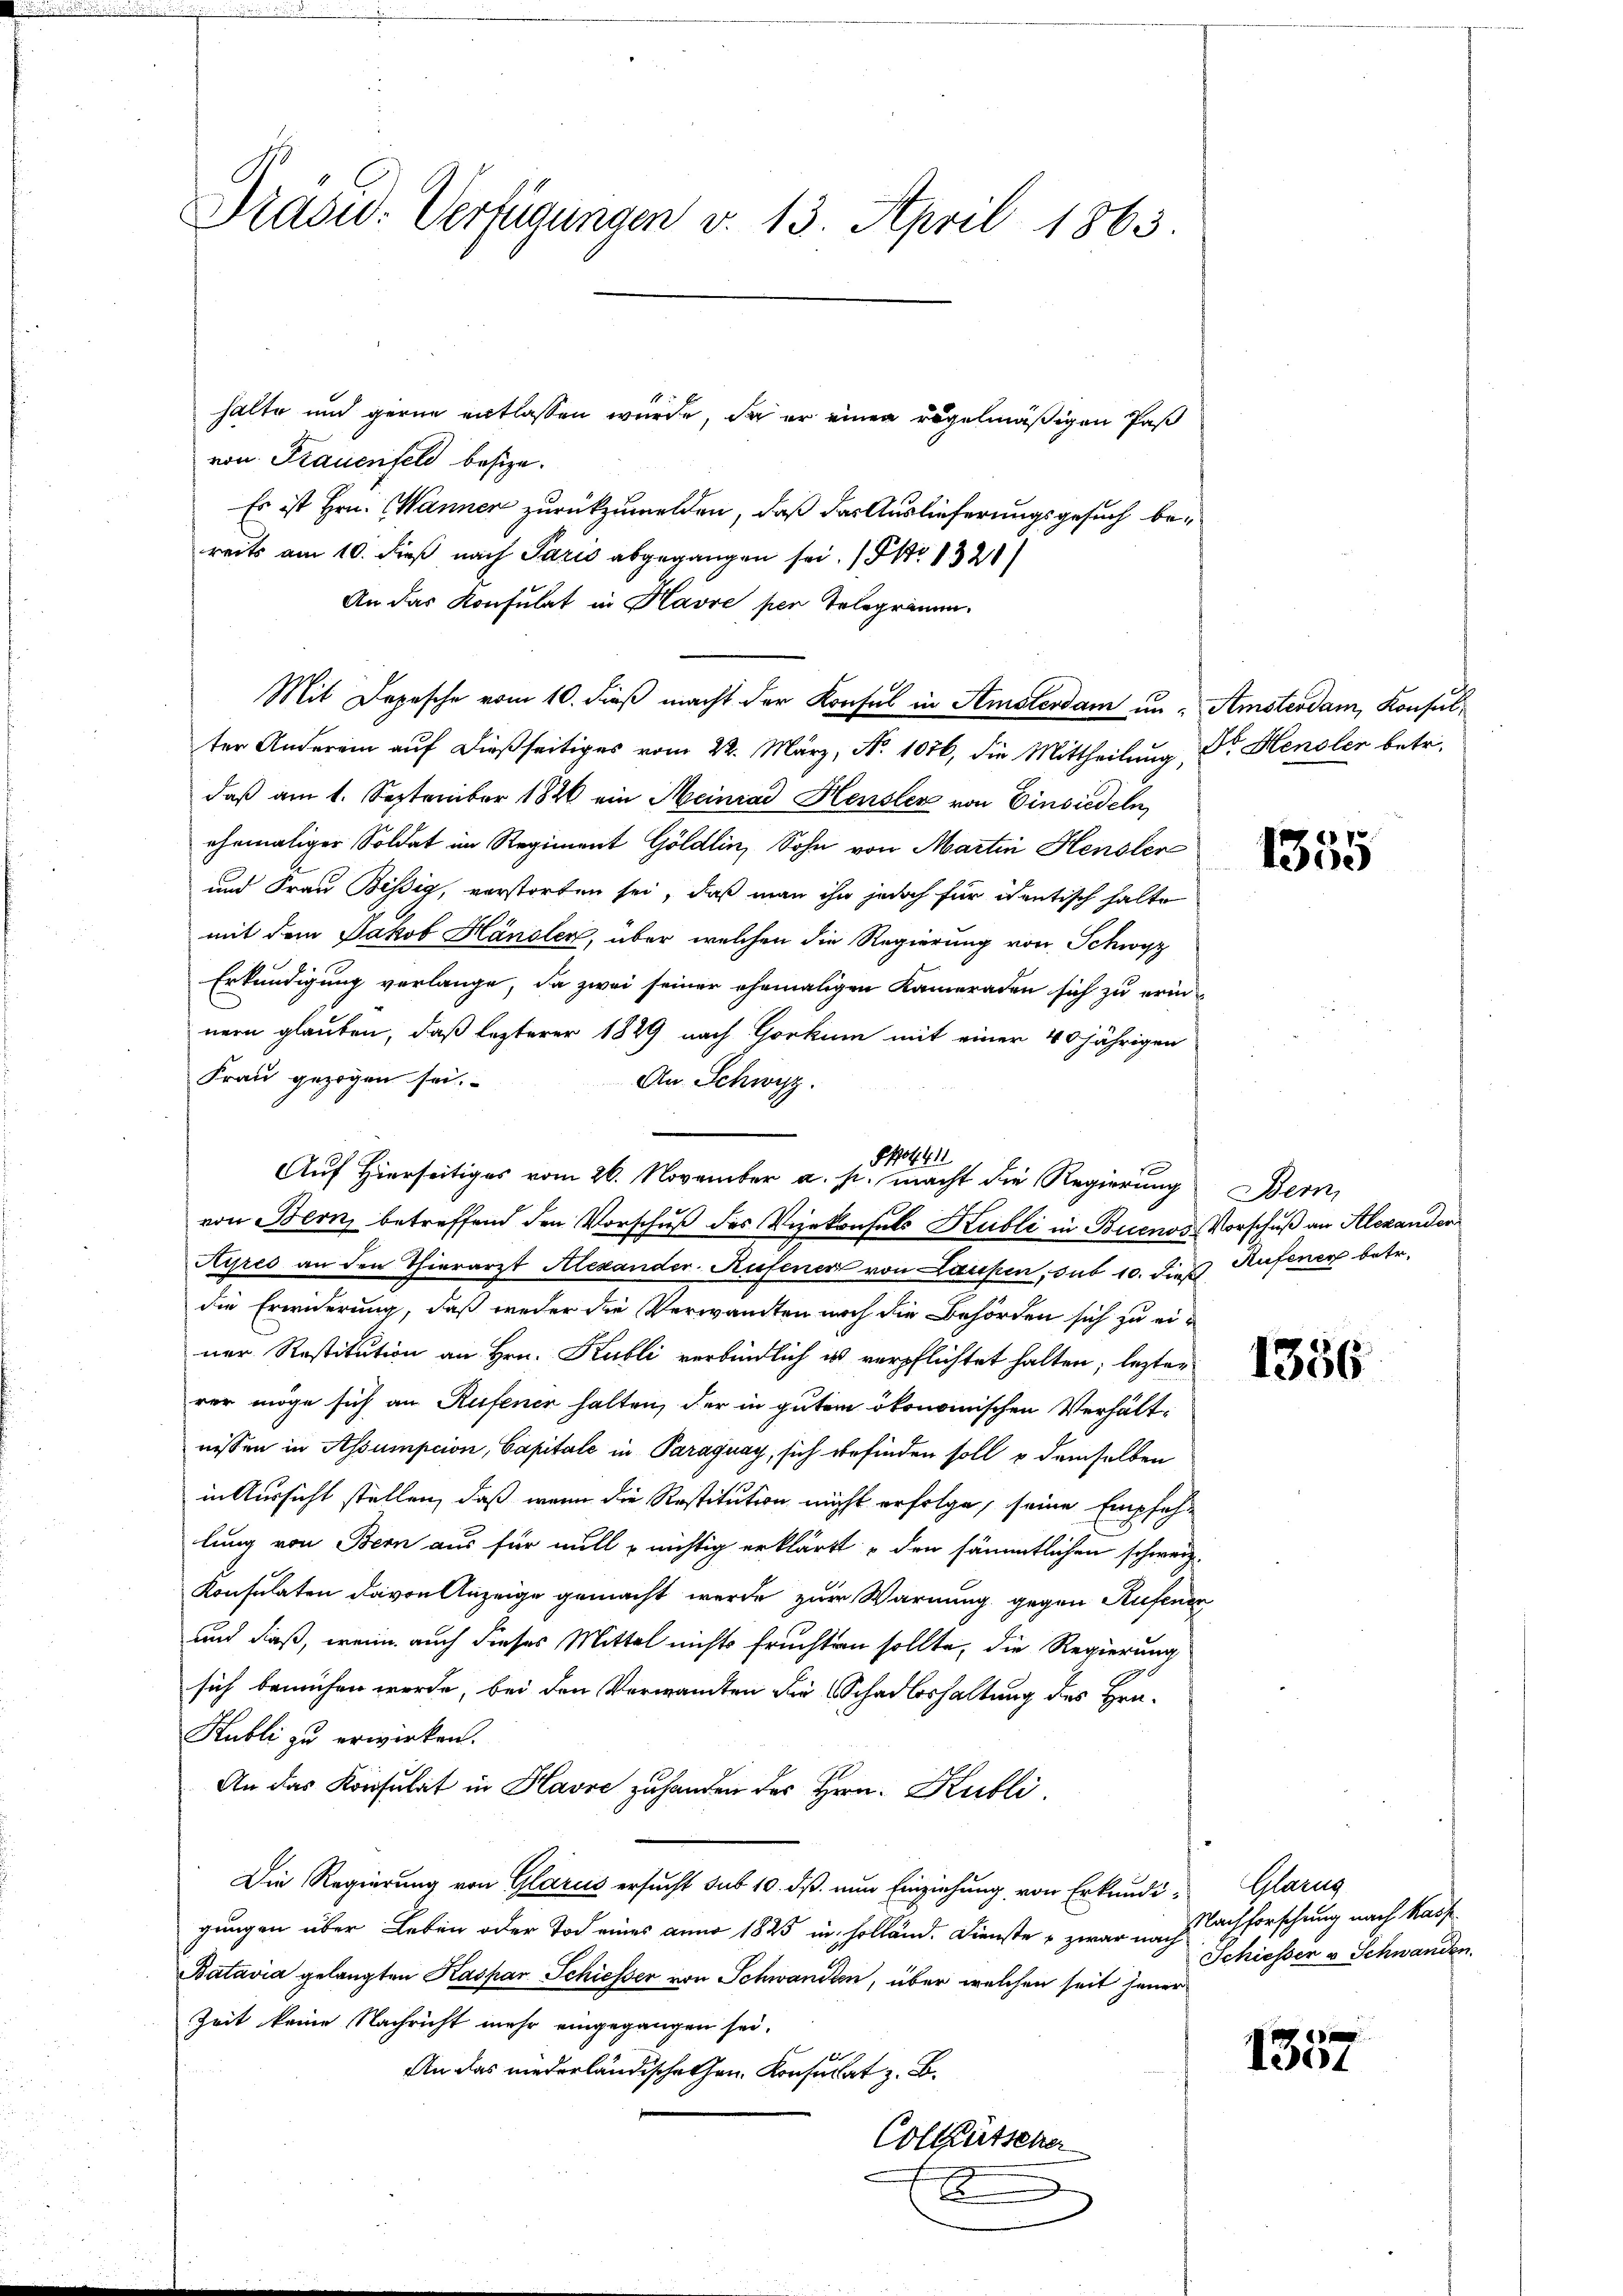
Präsid. Verfügungen v. 13. April 1865.

halte und gerne entlassen würde, da er einen regelmäßigen Pas
von Frauenfeld besize.
Es ist Hrn. Manner zurückzumelden, daß das Auslieferungsgesuch bereits am 10. dieß nach Paris abgegangen sei. No 1321)
An das Konsulat in Havre per Telegramm.
ter Anderein auf dießseitiges vom 22. März, No 1076, die Mittheilung, Dr. Hensler betr.
daß am 1. September 1886 ein Meinrad Heusler von Einsiedeln
ehemaliger Soldat im Regiment Göldlin, Sohn von Martin Hensler
und Frau Bissig, verstorfen sei, daß man ihn jedoch für identisch halte
mit dem Jakob Hänsler, über welchen die Regierung von Schwyz
Erkundigung verlange, da zwei seiner ehemaligen Kameraden sich zu erinnern glauben, daß lezterer 1829 nach Gorkum mit einer 40 jährigen
Frau gezogen sei.
An Schwyz.
Auf Hierseitiges vom 26. November a. s. macht die Regierung
von Bern, betreffend den Vorschuß des Vizekonsuls Kubli in Buenos Vorschuß an Alexander
Kires an den Thierarzt Alexander-Rufener von Laupen, sub 10. dieß Rufener betr.
die Erwiderung, daß weder die Verwandten noch die Behörden sich zu einer Restitution an Hrn. Kubli verbindlich ist verpflichtet halten; lezter
rer möge sich an Rufener halten, der in gutem ökonomischen Verhältnissen in Assumption, Capitale in Paraguay, sich befinden soll u demselben
in Aussicht stellen, daß wenn die Restitution nicht erfolge, seine Empfeh-
lung von Bern aus für mill nichtig erklärt u den sämmtlichen schweiz.
Konsulaten davon Anzeige gemacht werde zur Warnung gegen Rufenen
und daß, wenn auch dieses Mittel nichts fruchten sollte, die Regierung
sich bemühen werde, bei den Verwandten die Schadloshaltung des Hrn.
Hubli zu erwirken.
An das Konsulat in Havre zu handen des Hrn. Kubli
Die Regierung von Glarus ersucht sub 10. dß nun Einziehung von Erkundigungen über Leben oder Tod eines anno 1825 in holland. Dienste zwar nach
Batavia gelangten Kaspar Schiesser von Schwandten, über welchen seit jener
Zeit keine Nachricht mehr eingegangen sei.
An das niederländischehen Konsulat z. B.
Colletscher
A

Mit Depesche vom 10. dieß macht der Konsul in Amsterdam in Amsterdam, Konsul¬

§40441

1355

Bern,

1356

Glarn
Nachforschung nach Kauf
Schiesser u Schwanden.

101